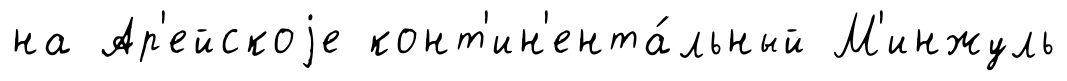
на Ар'ейскоjе конт'ин'ента́льный М'инжуль